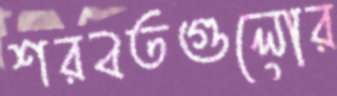
শরবতগুলোর